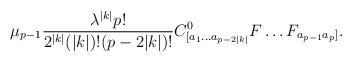
LaTeX: \begin{align*}\mu_{p-1}\frac{\lambda^{|k|}p!}{2^{|k|}(|k|)!(p-2|k|)!}C^0_{[a_1\ldots a_{p-2|k|}}F\ldots F_{a_{p-1}a_p]}.\end{align*}